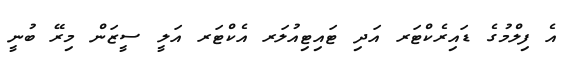
އެ ފިލްމުގެ ޑައިރެކްޓަރ އަދި ޓައިޓިއުލަރ އެކްޓަރ އަލީ ސީޒަން މިރޭ ބުނީ